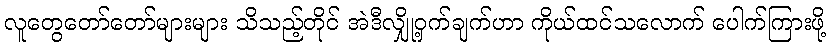
လူတွေတော်တော်များများ သိသည့်တိုင် အဲဒီလျှို့ဝှက်ချက်ဟာ ကိုယ်ထင်သလောက် ပေါက်ကြားဖို့